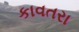
કાવતરા